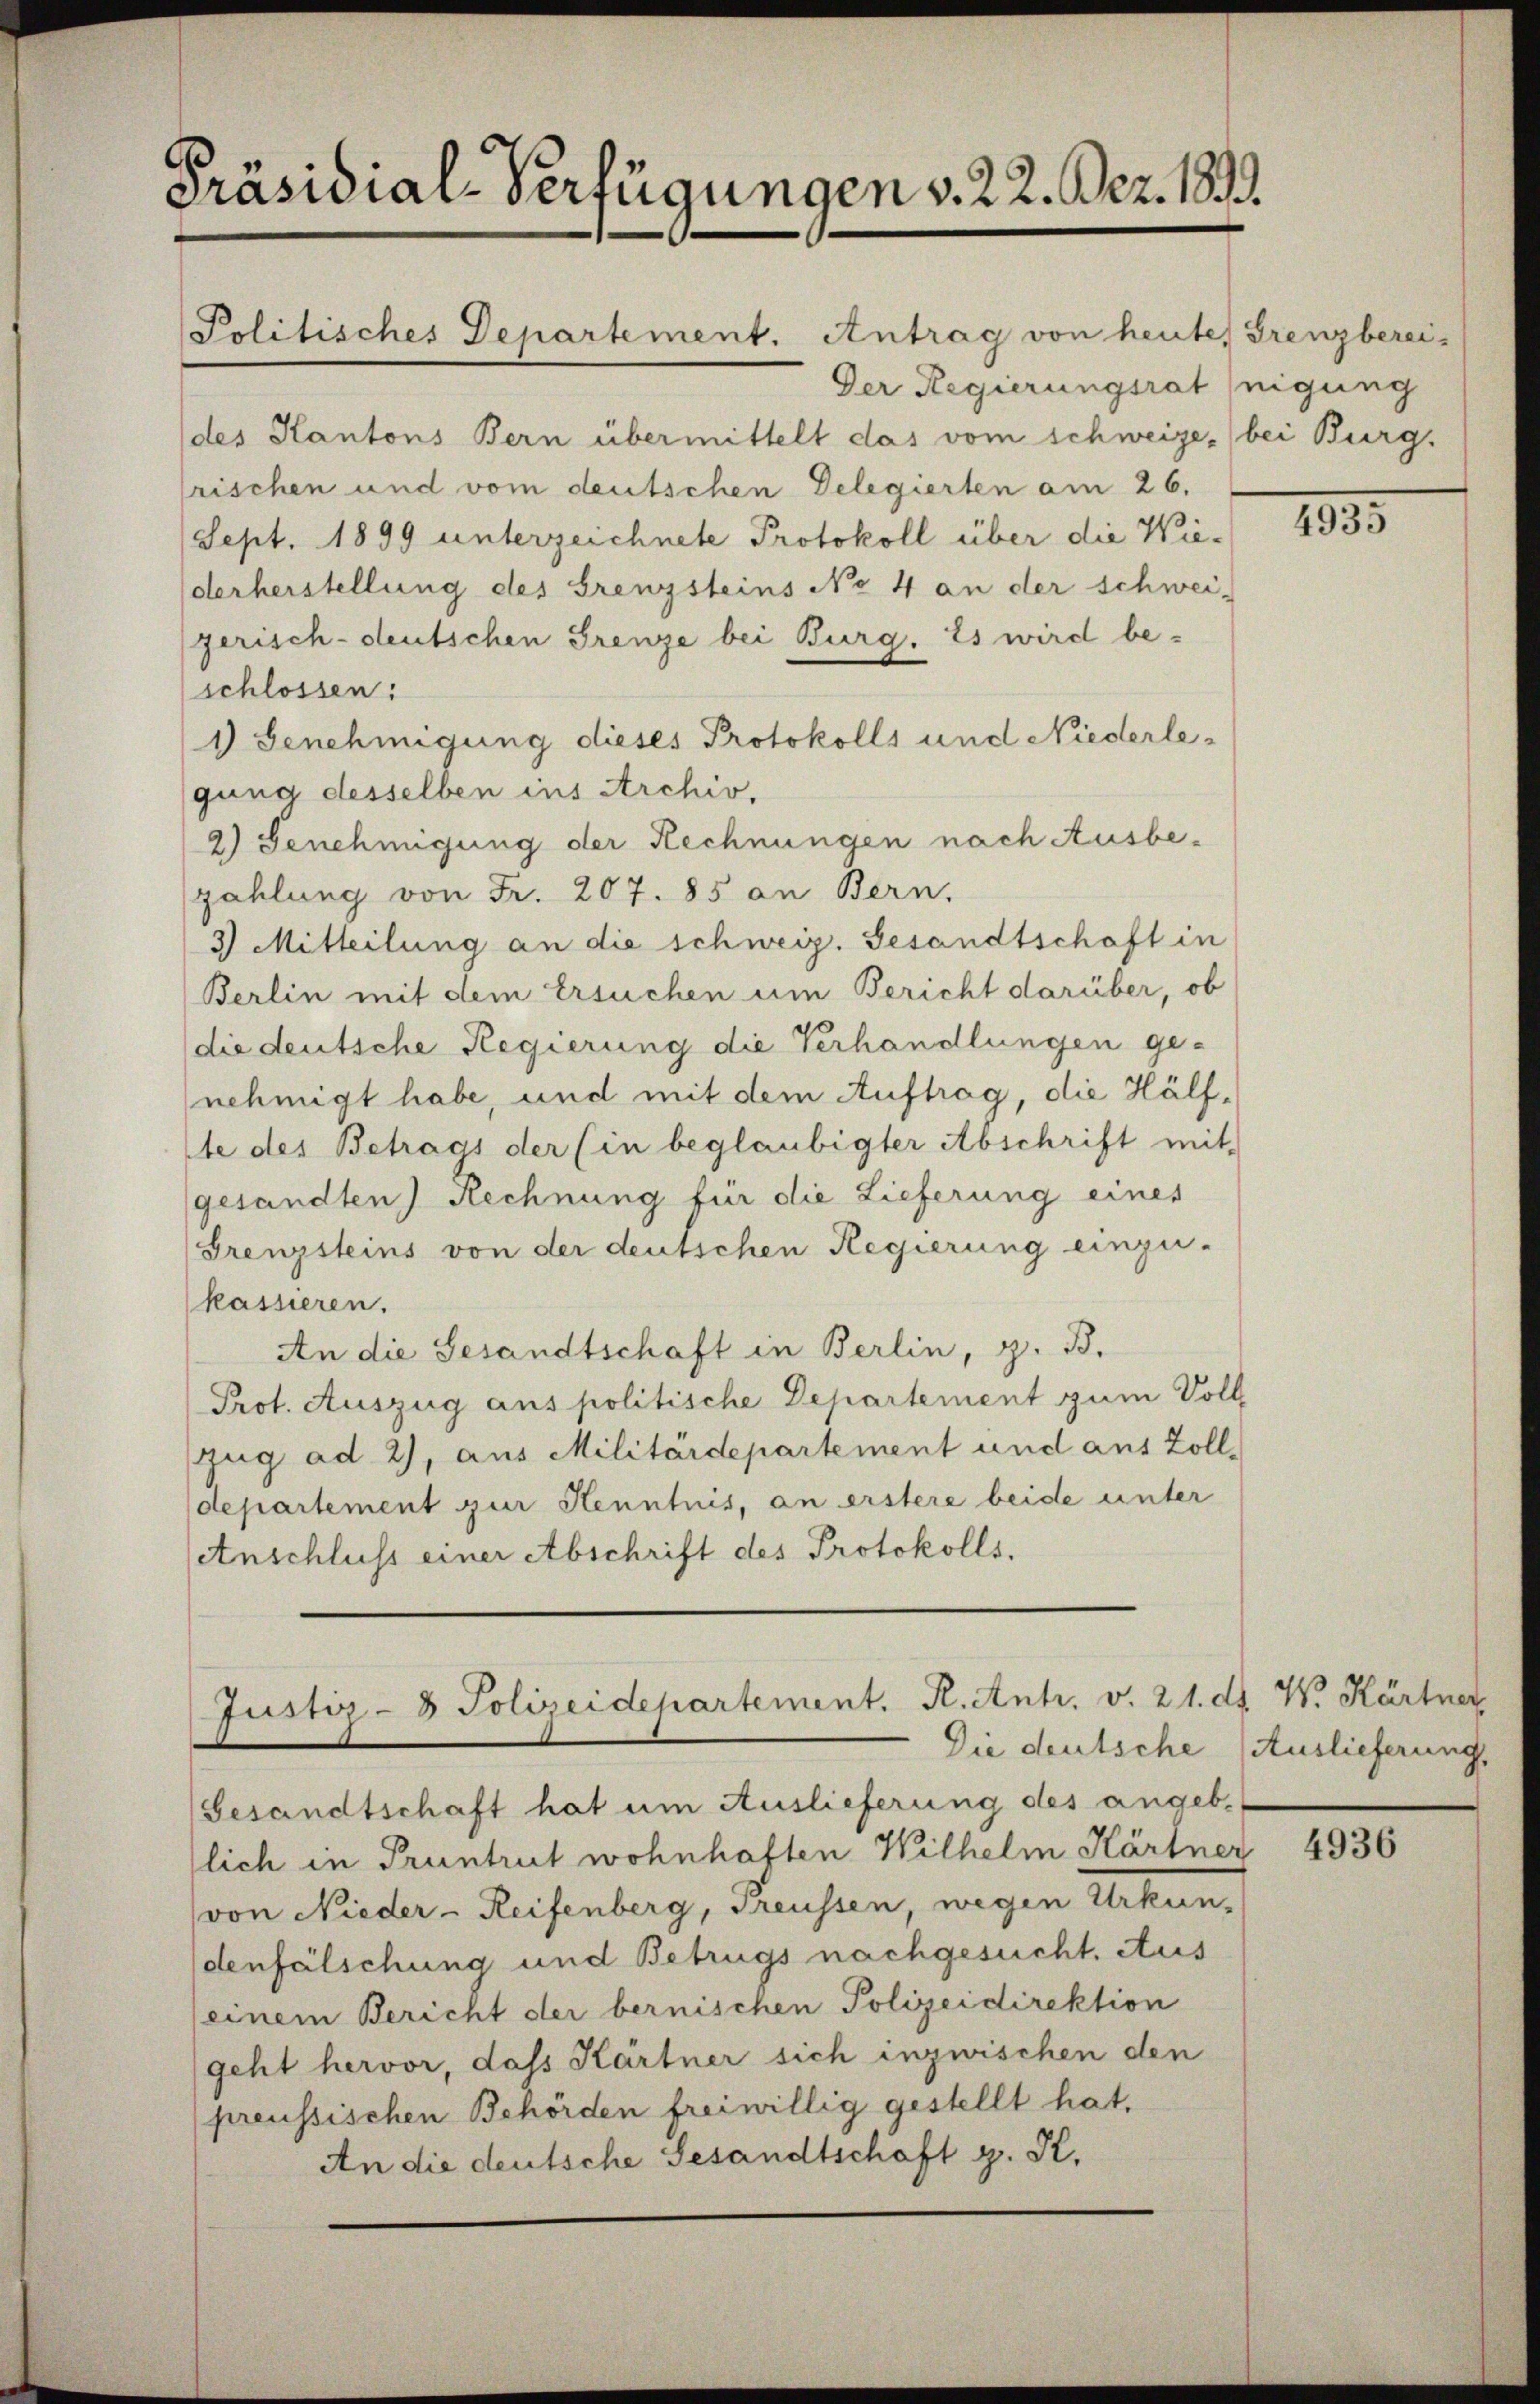
Präsidial-Verfügungen v. 22. Bez. 1893.
Politisches Departement. Antrag von heute, Grenzberei-

Der Regierungsrat inigung
(des Kantons Bern übermittelt das vom schweize, bei Burg.
rischen und vom deutschen Delegierten am 26.
Sept. 1899 unterzeichnete Protokoll über die Wiederherstellung des Grenzsteins No 4 an der schwei-
gerisch-deutschen Grenze bei Burg. Es wird be-
(schlossen:
1) Genehmigung dieses Protokolls und Niederle-
gung desselben ins Archiv,
2) Genehmigung der Rechnungen nach Ausbezahlung von Fr. 207. 85 an Bern.
3) Mitteilung an die schweiz. Gesandtschaft in
Berlin mit dem Ersuchen um Bericht darüber, ob
(die deutsche Regierung die Verhandlungen ge-
nehmigt habe, und mit dem Auftrag, die Hälfte des Betrags der (in beglaubigter Abschrift mit
gesandten Rechnung für die Lieferung eines
Grenzsteins von der deutschen Regierung einzu-
kassieren.
An die Gesandtschaft in Berlin, z. B.
Prot. Auszug aus politische Departement zum Voll
zug ad 2), aus Militärdepartement und aus Zoll-
departement zur Henntnis, an erstere beide unter
etnschluss einer Abschrift des Protokolls.

Justiz- & Polizeidepartement. R. Antr. v. 21. ds W. Kärtner,
Die deutsche Auslieferung,

Gesandtschaft hat um Auslieferung des angeb.
lich in Pruntrut wohnhaften Wilhelm Härtner
von Nieder - Reisenberg, Preussen, wegen Urkundenfälschung und Betrugs nachgesucht. Aus
(einem Bericht der bernischen Polizeidirektion
geht hervor, dass Kärtner sich inzwischen den
preussischen Behörden freiwillig gestellt hat,
An die deutsche Gesandtschaft z. K.

1835

4936